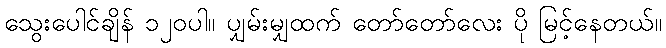
သွေးပေါင်ချိန် ၁၂၀ပါ။ ပျှမ်းမျှထက် တော်တော်လေး ပို မြင့်နေတယ်။